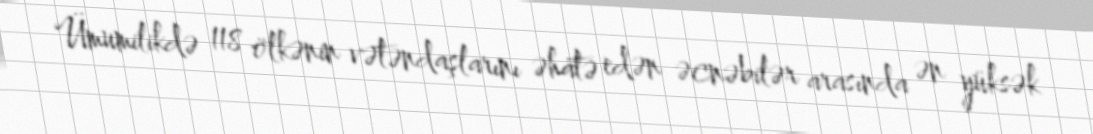
Ümumilikdə 118 ölkənin vətəndaşlarını əhatə edən əcnəbilər arasında ən yüksək